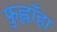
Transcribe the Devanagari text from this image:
फ़ुह्लाँहा